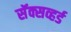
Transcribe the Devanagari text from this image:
सॅक्सव्हर्ड